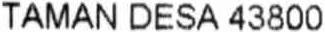
TAMAN DESA 43800